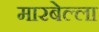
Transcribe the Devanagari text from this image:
मारबेल्ला